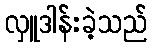
လှူဒါန်းခဲ့သည်